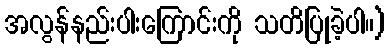
အလွန်နည်းပါးကြောင်းကို သတိပြုခဲ့ပါ။)